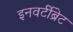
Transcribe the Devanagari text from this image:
इनवर्टीब्रेट